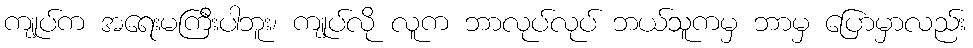
ကျုပ်က အရေးမကြီးပါဘူး၊ ကျုပ်လို လူက ဘာလုပ်လုပ် ဘယ်သူကမှ ဘာမှ ပြောမှာလည်း